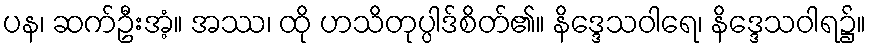
ပန၊ ဆက်ဦးအံ့။ အဿ၊ ထို ဟသိတုပ္ပါဒ်စိတ်၏။ နိဒ္ဒေသဝါရေ၊ နိဒ္ဒေသဝါရ၌။